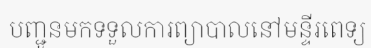
បញ្ជូនមកទទួលការព្យាបាលនៅមន្ទីរពេទ្យ